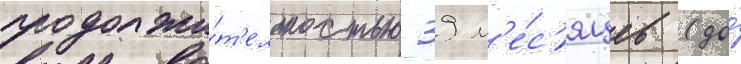
продолжи́т'ельностью 39 м'е́с'яцев (до́